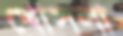
খোসলা